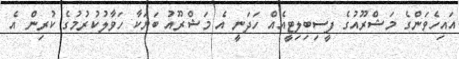
އައިހެވަންގެ މަޝްރޫއުގެ ފީސިބިލިޓީއެއް ހަދަނީ އެ މަޝްރޫއު ބަޔަކާ ހަވާލުކުުރުމުގެ ކުރިން އެ